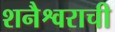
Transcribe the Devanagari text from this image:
शनैश्वराची